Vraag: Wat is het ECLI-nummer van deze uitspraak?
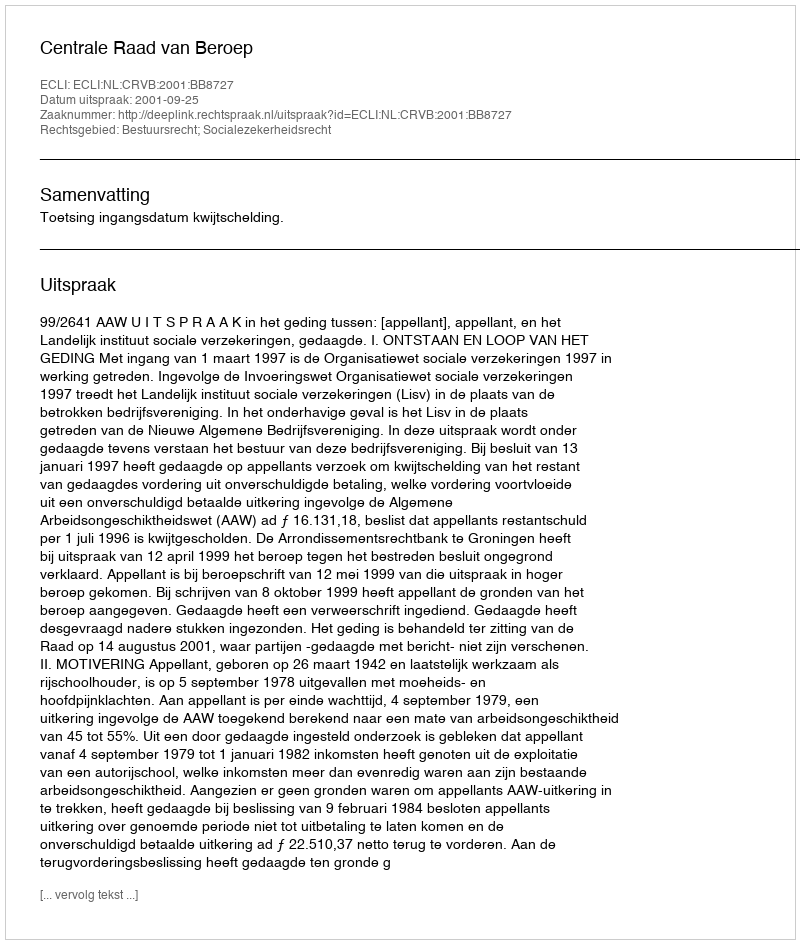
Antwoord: ECLI:NL:CRVB:2001:BB8727